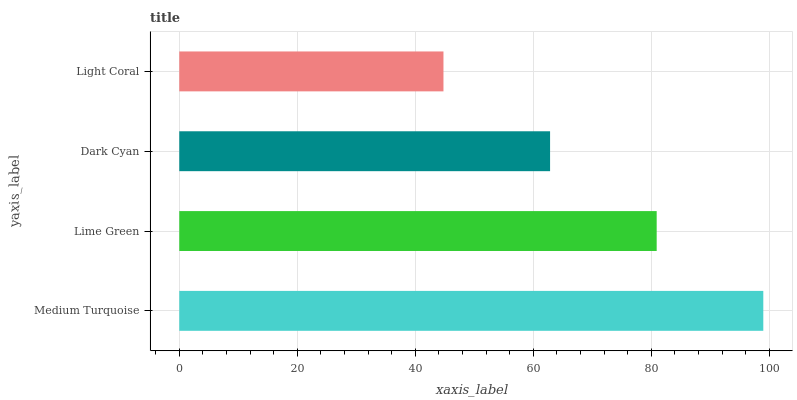
| yaxis_label | bars |
 | --- | --- |
 | Medium Turquoise | 99 |
 | Lime Green | 80.9 |
 | Dark Cyan | 62.9 |
 | Light Coral | 44.8 |